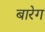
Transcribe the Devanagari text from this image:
बारेग